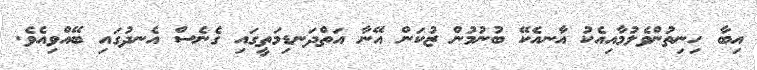
އިބާ ހިނިތުންވެލުމާއިއެކު އާނއެކޭ ބުނުމުން ޒުކަން އޭނާ އަތްދަނޑިމަތީގައި ގެނެސް އެނދުގައި ބޭއްވިއެވެ.